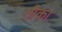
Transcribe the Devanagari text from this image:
तीका